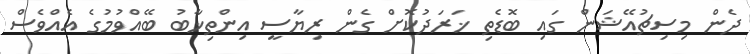
ދެން މިސިޗުއޭޝަން ގައި ބޮޑެތި ޚަރަދުކޮށް ގެން ރިޔާސީ އިންތިޚާބު ބޭއްވުމުގެ އެއްވެސް